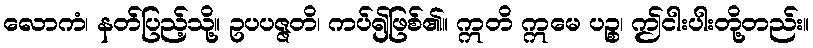
လောကံ၊ နတ်ပြည့်သို့။ ဥပပဇ္ဇတိ၊ ကပ်၍ဖြစ်၏။ ဣတိ ဣမေ ပဉ္စ၊ ဤငါးပါးတို့တည်း။